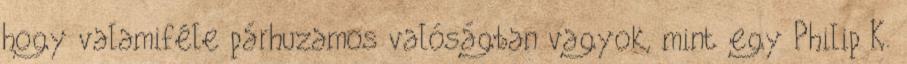
hogy valamiféle párhuzamos valóságban vagyok, mint egy Philip K.